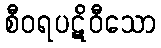
စီဝရပဋိဝီသော